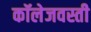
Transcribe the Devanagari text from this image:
कॉलेजवस्ती